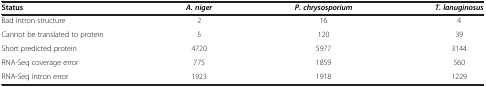
<table><thead><tr><td><b>Status</b></td><td><b><i>A. niger</i></b></td><td><b><i>P. chrysosporium</i></b></td><td><b><i>T. lanuginosus</i></b></td></tr></thead><tbody><tr><td>Bad intron structure</td><td>2</td><td>16</td><td>4</td></tr><tr><td>Cannot be translated to protein</td><td>5</td><td>120</td><td>39</td></tr><tr><td>Short predicted protein</td><td>4720</td><td>5977</td><td>3144</td></tr><tr><td>RNA-Seq coverage error</td><td>775</td><td>1859</td><td>560</td></tr><tr><td>RNA-Seq intron error</td><td>1923</td><td>1918</td><td>1229</td></tr></tbody></table>